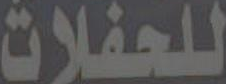
للحفلات